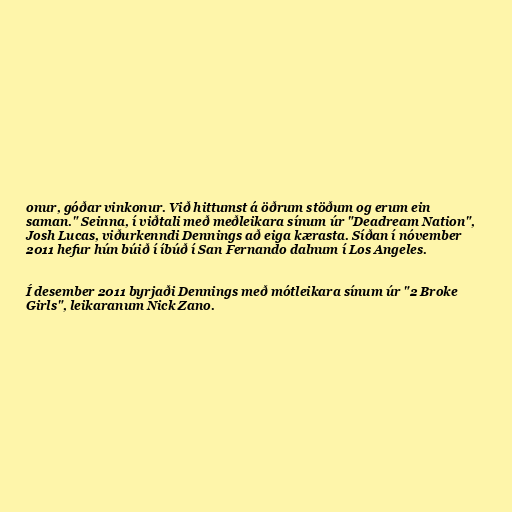
onur, góðar vinkonur. Við hittumst á öðrum stöðum og erum ein
saman." Seinna, í viðtali með meðleikara sínum úr "Deadream Nation",
Josh Lucas, viðurkenndi Dennings að eiga kærasta. Síðan í nóvember
2011 hefur hún búið í íbúð í San Fernando dalnum í Los Angeles.

Í desember 2011 byrjaði Dennings með mótleikara sínum úr "2 Broke
Girls", leikaranum Nick Zano.